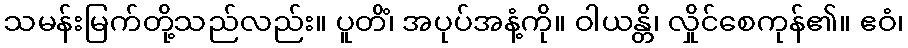
သမန်းမြက်တို့သည်လည်း။ ပူတိံ၊ အပုပ်အနံ့ကို။ ဝါယန္တိ၊ လှိုင်စေကုန်၏။ ဧဝံ၊